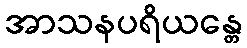
အာသနပရိယန္တေ